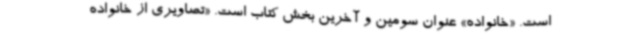
است. «خانواده» عنوان سومین و آخرین بخش کتاب است. «تصاویری از خانواده